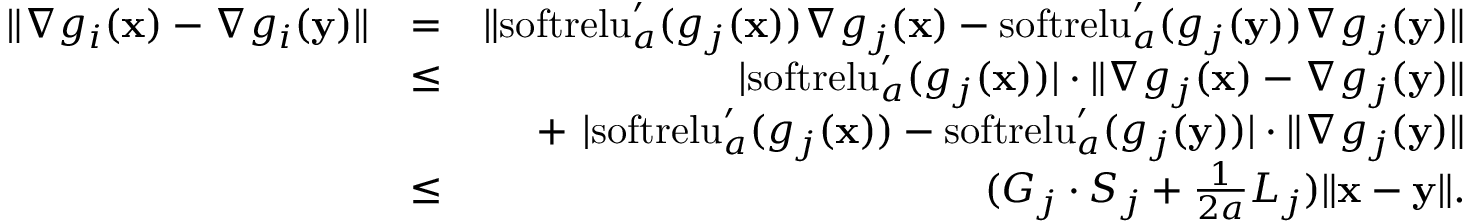
\begin{array} { r l r } { \| { \nabla g _ { i } ( \mathbf x ) - \nabla g _ { i } ( \mathbf y ) } \| } & { = } & { \| \mathrm { s o f t r e l u } _ { a } ^ { \prime } ( g _ { j } ( \mathbf x ) ) \nabla g _ { j } ( \mathbf x ) - \mathrm { s o f t r e l u } _ { a } ^ { \prime } ( g _ { j } ( \mathbf y ) ) \nabla g _ { j } ( \mathbf y ) \| } \\ & { \le } & { | \mathrm { s o f t r e l u } _ { a } ^ { \prime } ( g _ { j } ( \mathbf x ) ) | \cdot \| \nabla g _ { j } ( \mathbf x ) - \nabla g _ { j } ( \mathbf y ) \| } \\ & { } & { + ~ | \mathrm { s o f t r e l u } _ { a } ^ { \prime } ( g _ { j } ( \mathbf x ) ) - \mathrm { s o f t r e l u } _ { a } ^ { \prime } ( g _ { j } ( \mathbf y ) ) | \cdot \| \nabla g _ { j } ( \mathbf y ) \| } \\ & { \leq } & { ( G _ { j } \cdot S _ { j } + \frac { 1 } { 2 a } L _ { j } ) \| \mathbf x - \mathbf y \| . } \end{array}